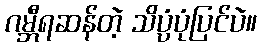
ဂမ္ဘီရဆန်တဲ့ သိပ္ပံပုံပြင်ပဲ။